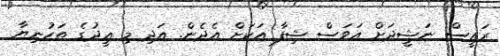
ރައީސް ނަޝީދަށް އަވަސް ޝިފާ އަކަށް އެދެން. އަދި މި ޢީދުގެ ތަހުނިޔާ